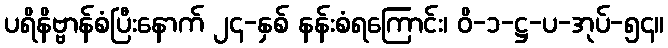
ပရိနိဗ္ဗာန်စံပြီးနောက် ၂၄-နှစ် နန်းစံရကြောင်း၊ ဝိ-၁-ဋ္ဌ-ပ-အုပ်-၅၄။